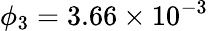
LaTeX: \phi_{3}=3.66\times 10^{-3}